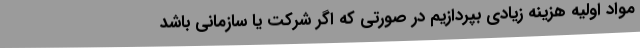
مواد اولیه هزینه‌ زیادی بپردازیم در صورتی که اگر شرکت یا سازمانی باشد